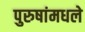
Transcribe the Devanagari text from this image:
पुरुषांमधले